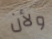
ولأن